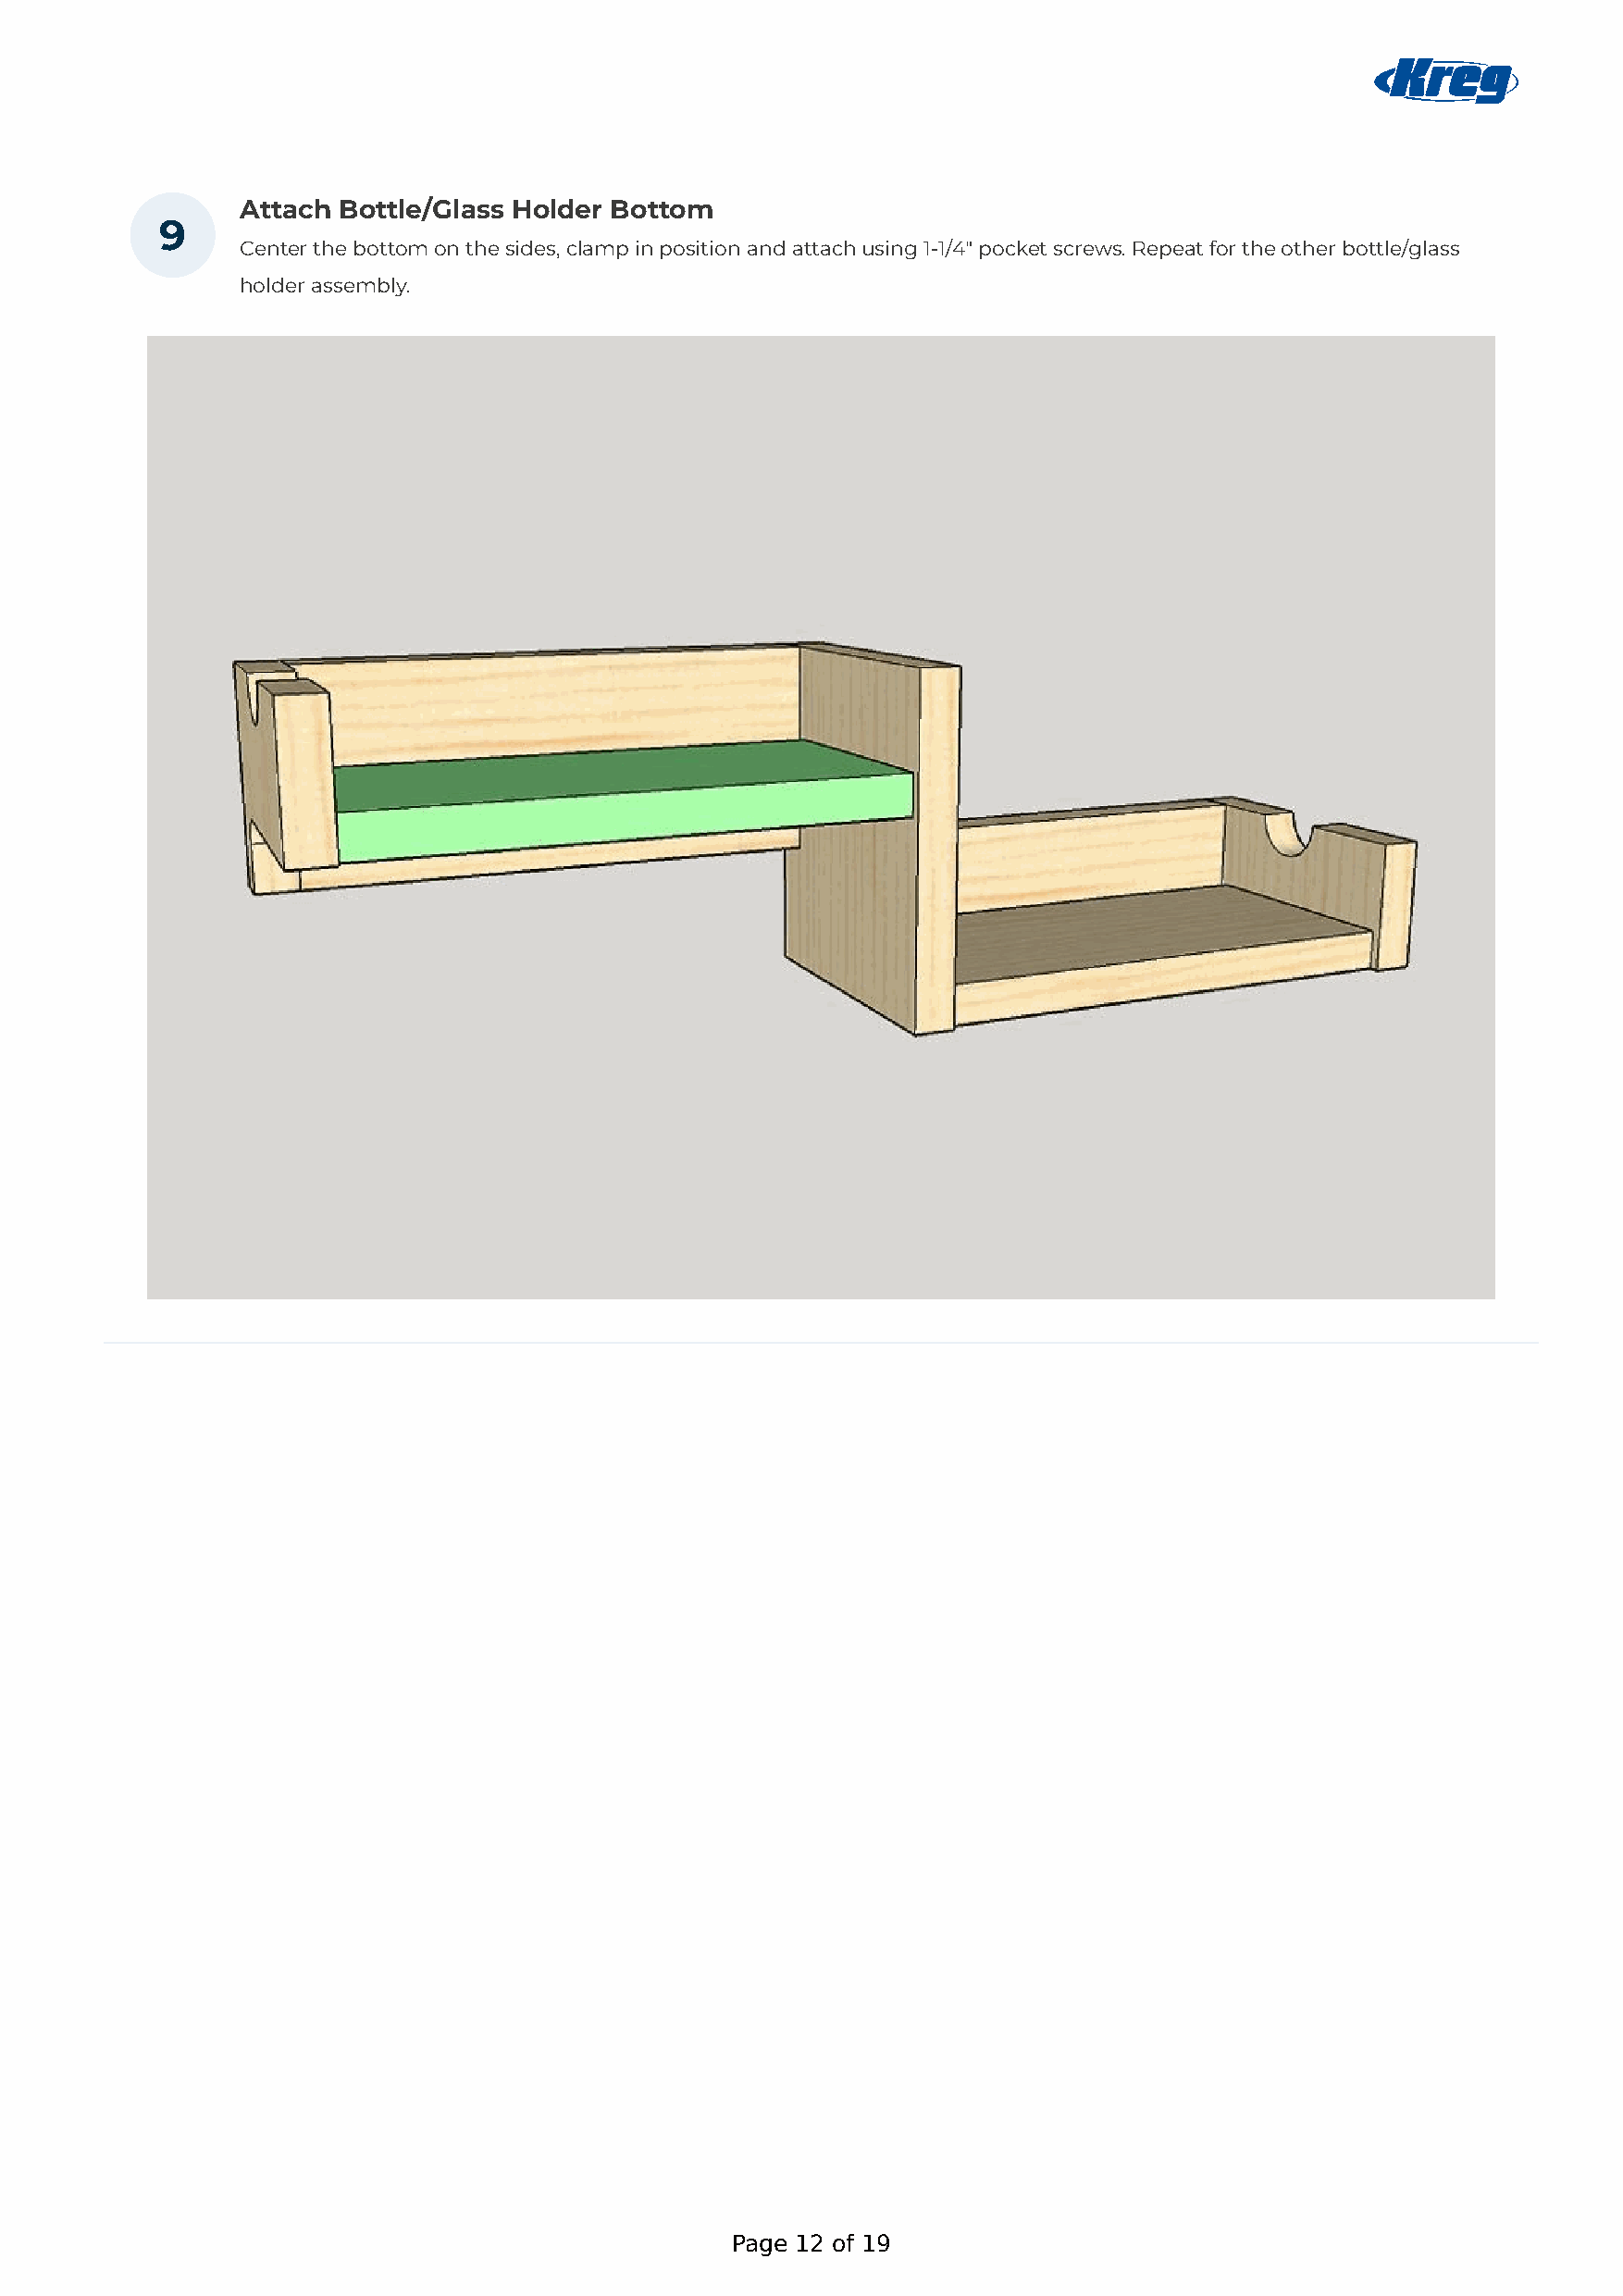
Attach Bottle/Glass Holder Bottom
 9
 Center the bottom on the sides, clamp in position and attach using 1-1/4" pocket screws. Repeat for the other bottle/glass
 holder assembly.
 Page 12 of 19